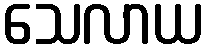
သေလာယ